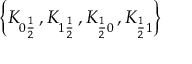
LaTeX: \left\{ K _ { 0 \frac { 1 } { 2 } } \, , K _ { 1 \frac { 1 } { 2 } } \, , K _ { \frac { 1 } { 2 } 0 } \, , K _ { \frac { 1 } { 2 } 1 } \right\}